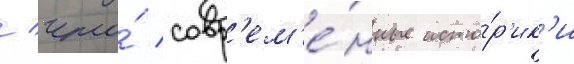
/ что́ совр'ем'е́нные исто́р'ик'и